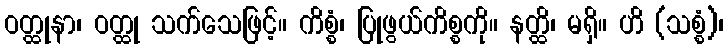
ဝတ္ထုနာ၊ ဝတ္ထု သက်သေဖြင့်။ ကိစ္စံ၊ ပြုဖွယ်ကိစ္စကို။ နတ္ထိ၊ မရှိ။ ဟိ (သစ္စံ)၊